Report on vaccination proceedings throughout the Government of Bengal -
Year: 1868
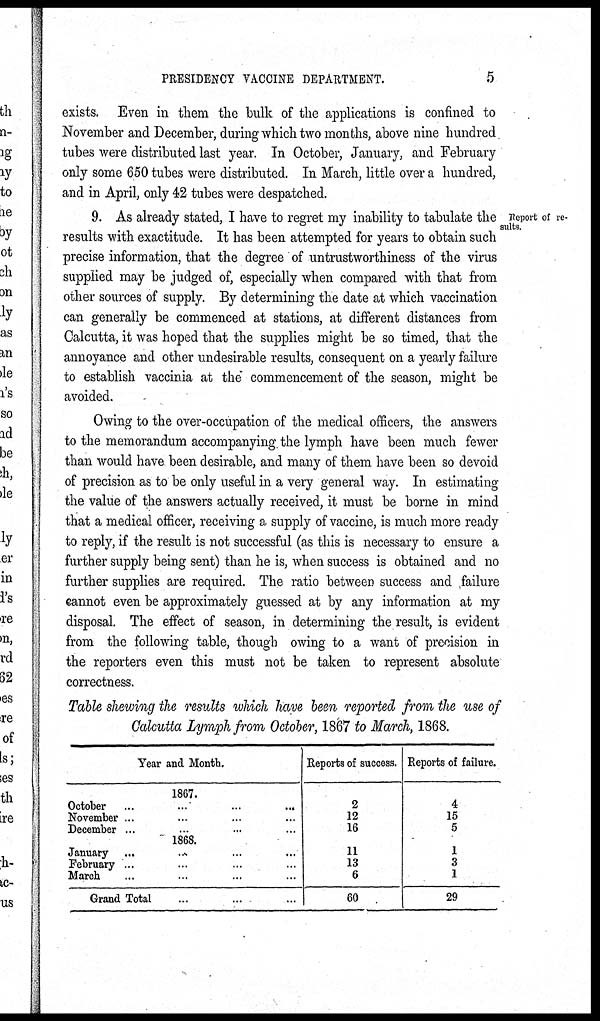
PRESIDENCY VACCINE DEPARTMENT.
5
exists. Even in them the bulk of the applications is confined to
November and December, during which two months, above nine hundred
tubes were distributed last year. In October, January, and February
only some 650 tubes were distributed. In March, little over a hundred,
and in April, only 42 tubes were despatched.
Report of re-
sults.
9. As already stated, I have to regret my inability to tabulate the
results with exactitude. It has been attempted for years to obtain such
precise information, that the degree of untrustworthiness of the virus
supplied may be judged of, especially when compared with that from
other sources of supply. By determining the date at which vaccination
can generally be commenced at stations, at different distances from
Calcutta, it was hoped that the supplies might be so timed, that the
annoyance and other undesirable results, consequent on a yearly failure
to establish vaccinia at the commencement of the season, might be
avoided.
Owing to the over-occupation of the medical officers, the answers
to the memorandum accompanying the lymph have been much fewer
than would have been desirable, and many of them have been so devoid
of precision as to be only useful in a very general way. In estimating
the value of the answers actually received, it must be borne in mind
that a medical officer, receiving a supply of vaccine, is much more ready
to reply, if the result is not successful (as this is necessary to ensure a
further supply being sent) than he is, when success is obtained and no
further supplies are required. The ratio between success and failure
cannot even be approximately guessed at by any information at my
disposal. The effect of season, in determining the result, is evident
from the following table, though owing to a want of precision in
the reporters even this must not be taken to represent absolute
correctness.
Table shewing the results which have been reported from the use of
Calcutta Lymph from October, 1867 to March, 1868.
Year and Month.
1867.
October
...
...
...
...
November ... ... ... ...
December ... ... ... ...
1868.
January
...
... ... ...
February ... ... ... ...
March ... ... ... ...
Grand Total ... ... ...
Reports of success.
2
12
16
11
13
6
60
Reports of failure.
4
15
5
1
3
1
29